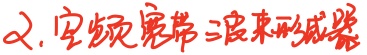
2. 宽频宽带二波束形成器